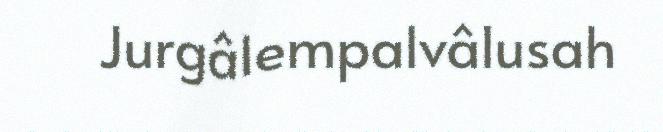
Jurgâlempalvâlusah